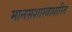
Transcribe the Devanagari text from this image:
मानसशास्त्राधारित